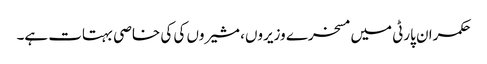
حکمران پارٹی میں مسخرے وزیروں، مشیروں کی کی خاصی بہتات ہے۔